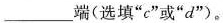
___端(选填”c”或”d”)。